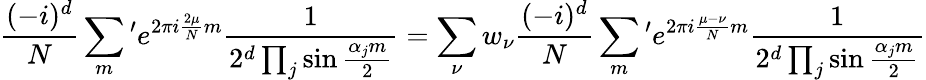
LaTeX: {\frac{(-i)^{d}}{N}}\sum_{m}{}^{\prime}e^{2\pi i{\frac{2\mu}{N}}m}{\frac{1}{2^{d}\prod_{j}\sin{\frac{\alpha_{j}m}{2}}}}=\sum_{\nu}w_{\nu}{\frac{(-i)^{d}}{N}}\sum_{m}{}^{\prime}e^{2\pi i{\frac{\mu-\nu}{N}}m}{\frac{1}{2^{d}\prod_{j}\sin{\frac{\alpha_{j}m}{2}}}}